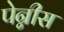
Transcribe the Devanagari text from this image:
पेन्नीस